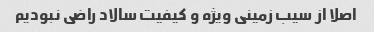
اصلا از سیب زمینی ویژه و کیفیت سالاد راضی نبودیم